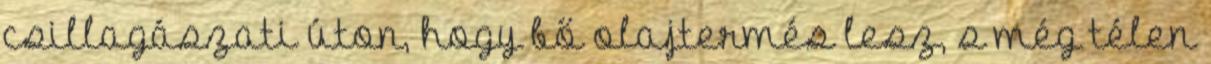
csillagászati úton, hogy bő olajtermés lesz, s még télen